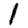
Digit: 1